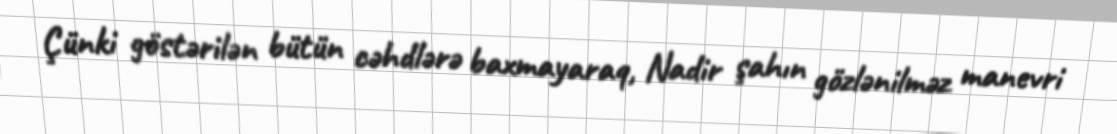
Çünki göstərilən bütün cəhdlərə baxmayaraq, Nadir şahın gözlənilməz manevri